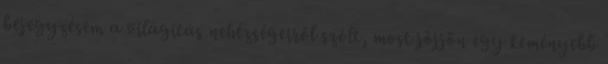
bejegyzésem a világítás nehézségeiről szólt, most jöjjön egy keményebb